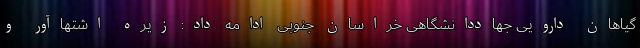
گیاهان دارویی جهاددانشگاهی خراسان جنوبی ادامه داد: زیره اشتهاآور و